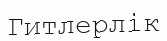
Гитлерлік